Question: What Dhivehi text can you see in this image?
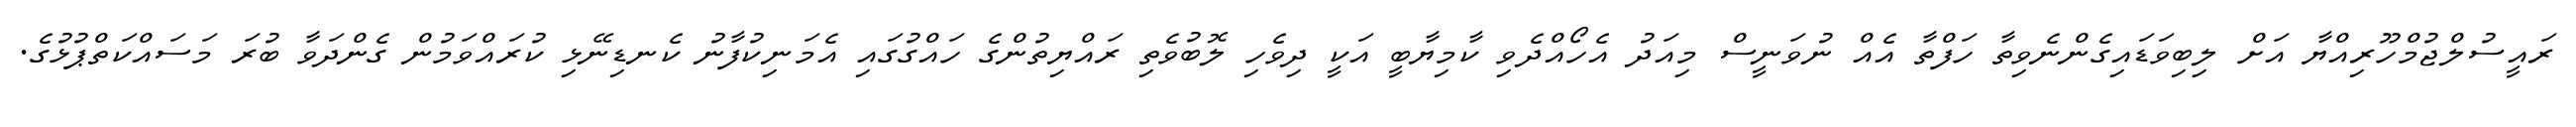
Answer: ރައީސުލްޖުމްހޫރިއްޔާ އަށް ލިބިވަޑައިގެންނެވިތާ ހަފްތާ އެއް ނުވަނީސް މިއަދު އެހޯއްދެވި ކާމިޔާބީ އަކީ ދިވެހި ލޮބުވެތި ރައްޔިތުންގެ ހައްގުގައި އެމަނިކުފާނު ކެނޑިނޭޅި ކުރައްވަމުން ގެންދަވާ ބުރަ މަސައްކަތްޕުޅުގެ.